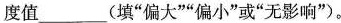
度值___(填”偏大””偏小”或”无影响”)。